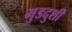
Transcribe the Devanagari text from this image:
मुडदुशी